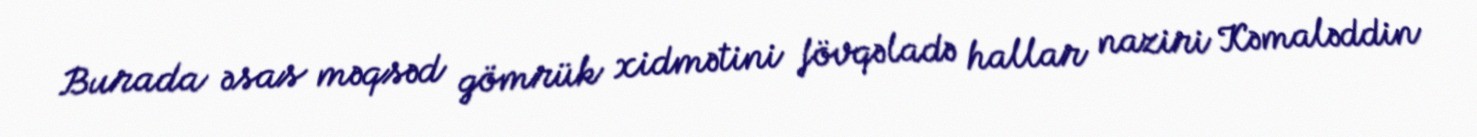
Burada əsas məqsəd gömrük xidmətini fövqəladə hallar naziri Kəmaləddin